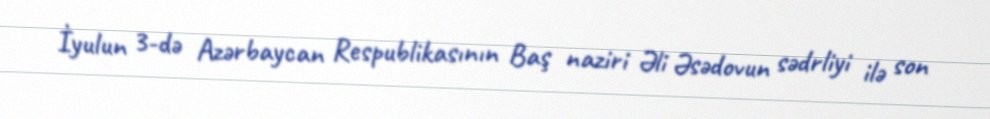
İyulun 3-də Azərbaycan Respublikasının Baş naziri Əli Əsədovun sədrliyi ilə son